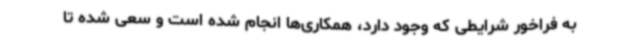
به فراخور شرایطی که وجود دارد، همکاری‌ها انجام شده است و سعی شده تا